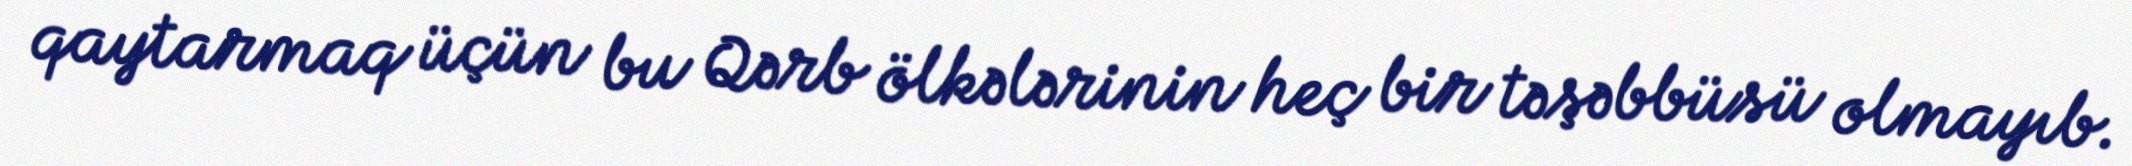
qaytarmaq üçün bu Qərb ölkələrinin heç bir təşəbbüsü olmayıb.